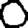
Digit: 0